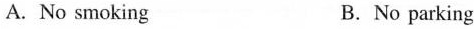
A.No smoking B.No parking